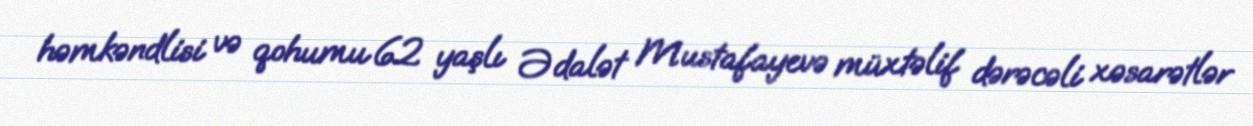
həmkəndlisi və qohumu 62 yaşlı Ədalət Mustafayevə müxtəlif dərəcəli xəsarətlər